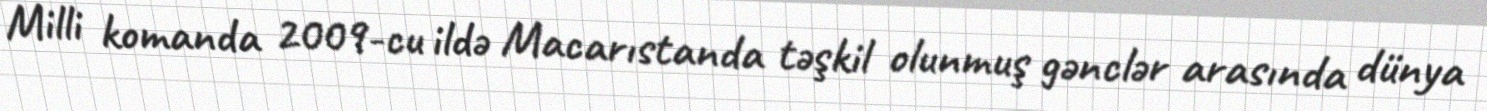
Milli komanda 2009-cu ildə Macarıstanda təşkil olunmuş gənclər arasında dünya